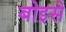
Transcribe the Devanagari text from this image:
बोइसे